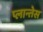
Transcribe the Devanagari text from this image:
प्लान्तेस